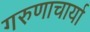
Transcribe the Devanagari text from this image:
गरुणाचार्या